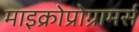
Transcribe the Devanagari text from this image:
माइक्रोप्रोग्रामर्स